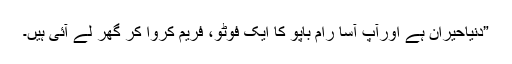
”دنیاحیران ہے اورآپ آسا رام باپو کا ایک فوٹو، فریم کروا کر گھر لے آئی ہیں۔